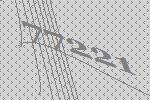
77221